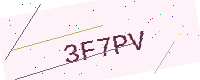
Text: 3F7PV